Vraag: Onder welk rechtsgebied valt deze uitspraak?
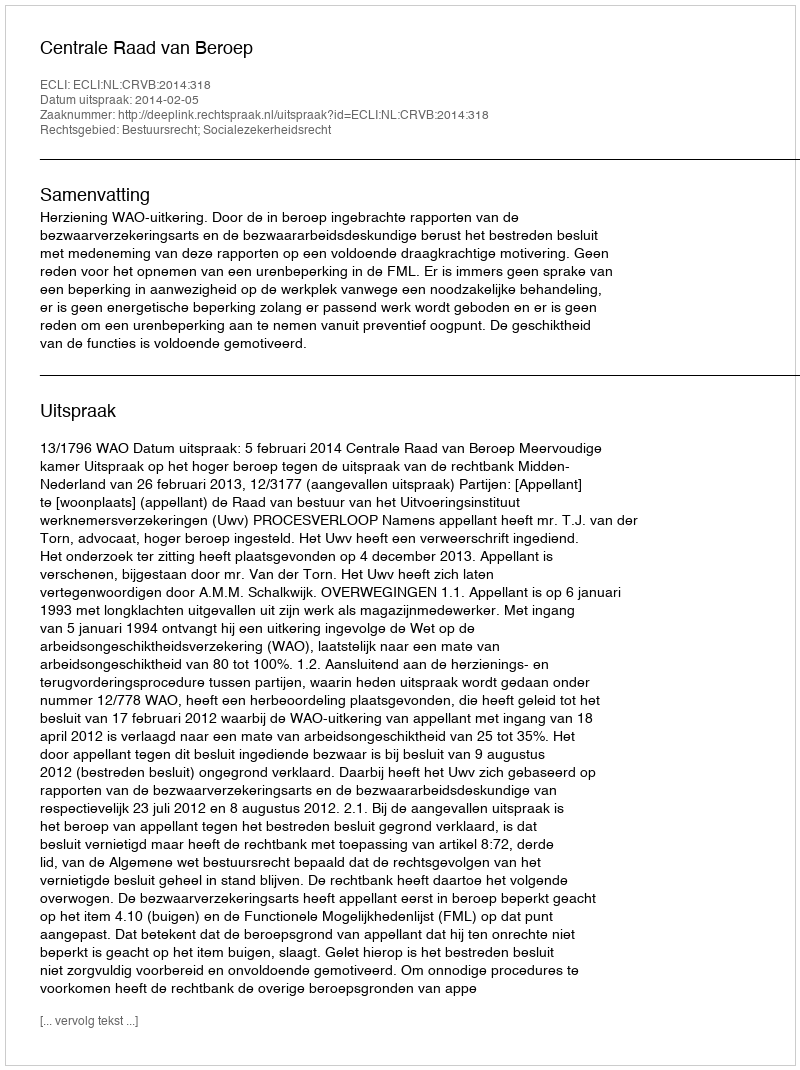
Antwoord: Bestuursrecht; Socialezekerheidsrecht